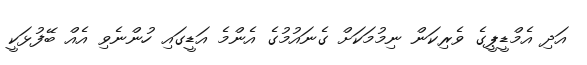
އަދި އެމްޑީޕީގެ ވެރިކަން ނިމުމަކަށް ގެނައުމުގެ އެންމެ އަޑީގައި ހުންނެވި އެއް ބޭފުޅަކީ